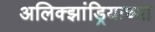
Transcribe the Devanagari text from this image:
अलिक्झांड्रियाच्या